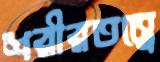
শরীরতত্ত্বে